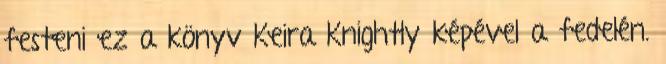
festeni ez a könyv Keira Knightly képével a fedelén.